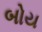
બોય